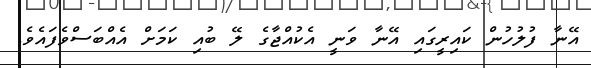
އޭނާ ފުލުހުން ކައިރީގައި އޭނާ ވަނީ އެކުއްޖާގެ ލޭ ބުއި ކަމަށް އެއްބަސްވެފައެވެ.